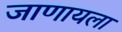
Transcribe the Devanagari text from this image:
जाणायला